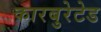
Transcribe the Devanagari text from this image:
कारबुरेटेड